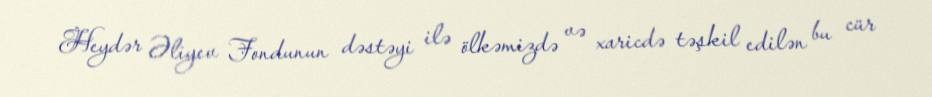
Heydər Əliyev Fondunun dəstəyi ilə ölkəmizdə və xaricdə təşkil edilən bu cür